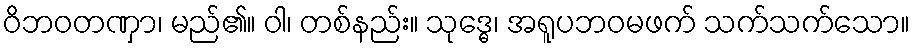
ဝိဘဝတဏှာ၊ မည်၏။ ဝါ၊ တစ်နည်း။ သုဒ္ဓေ၊ အရူပဘဝမဖက် သက်သက်သော။